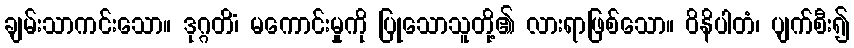
ချမ်းသာကင်းသော။ ဒုဂ္ဂတိံ၊ မကောင်းမှုကို ပြုသောသူတို့၏ လားရာဖြစ်သော။ ဝိနိပါတံ၊ ပျက်စီး၍